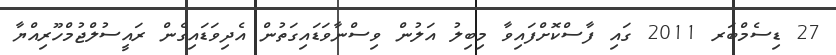
27 ޑިސެމްބަރ 2011 ގައި ފާސްކޮށްފައިވާ މިބިލު އަލުން ވިސްނާވަޑައިގަތުން އެދިވަޑައިގެން ރައީސުލްޖުމްހޫރިއްޔާ